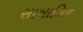
સાખાલિન